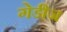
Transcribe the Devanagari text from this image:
गेडीज